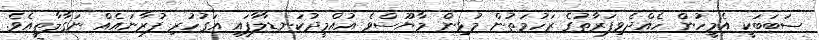
ސަބަބަކީ އެމީހުން ހެއްދެވިފަރާތުގެ ރަހުމަތުން މުޅިން މާޔޫސްވެ އުއްމީދުކަނޑާލާފައި އަގުހުރި ފުރާނައެއް ނަގާލާތީއެވެ.